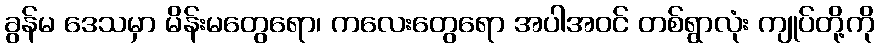
ခွန်မ ဒေသမှာ မိန်းမတွေရော၊ ကလေးတွေရော အပါအဝင် တစ်ရွာလုံး ကျုပ်တို့ကို